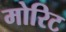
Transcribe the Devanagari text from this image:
मोरिट